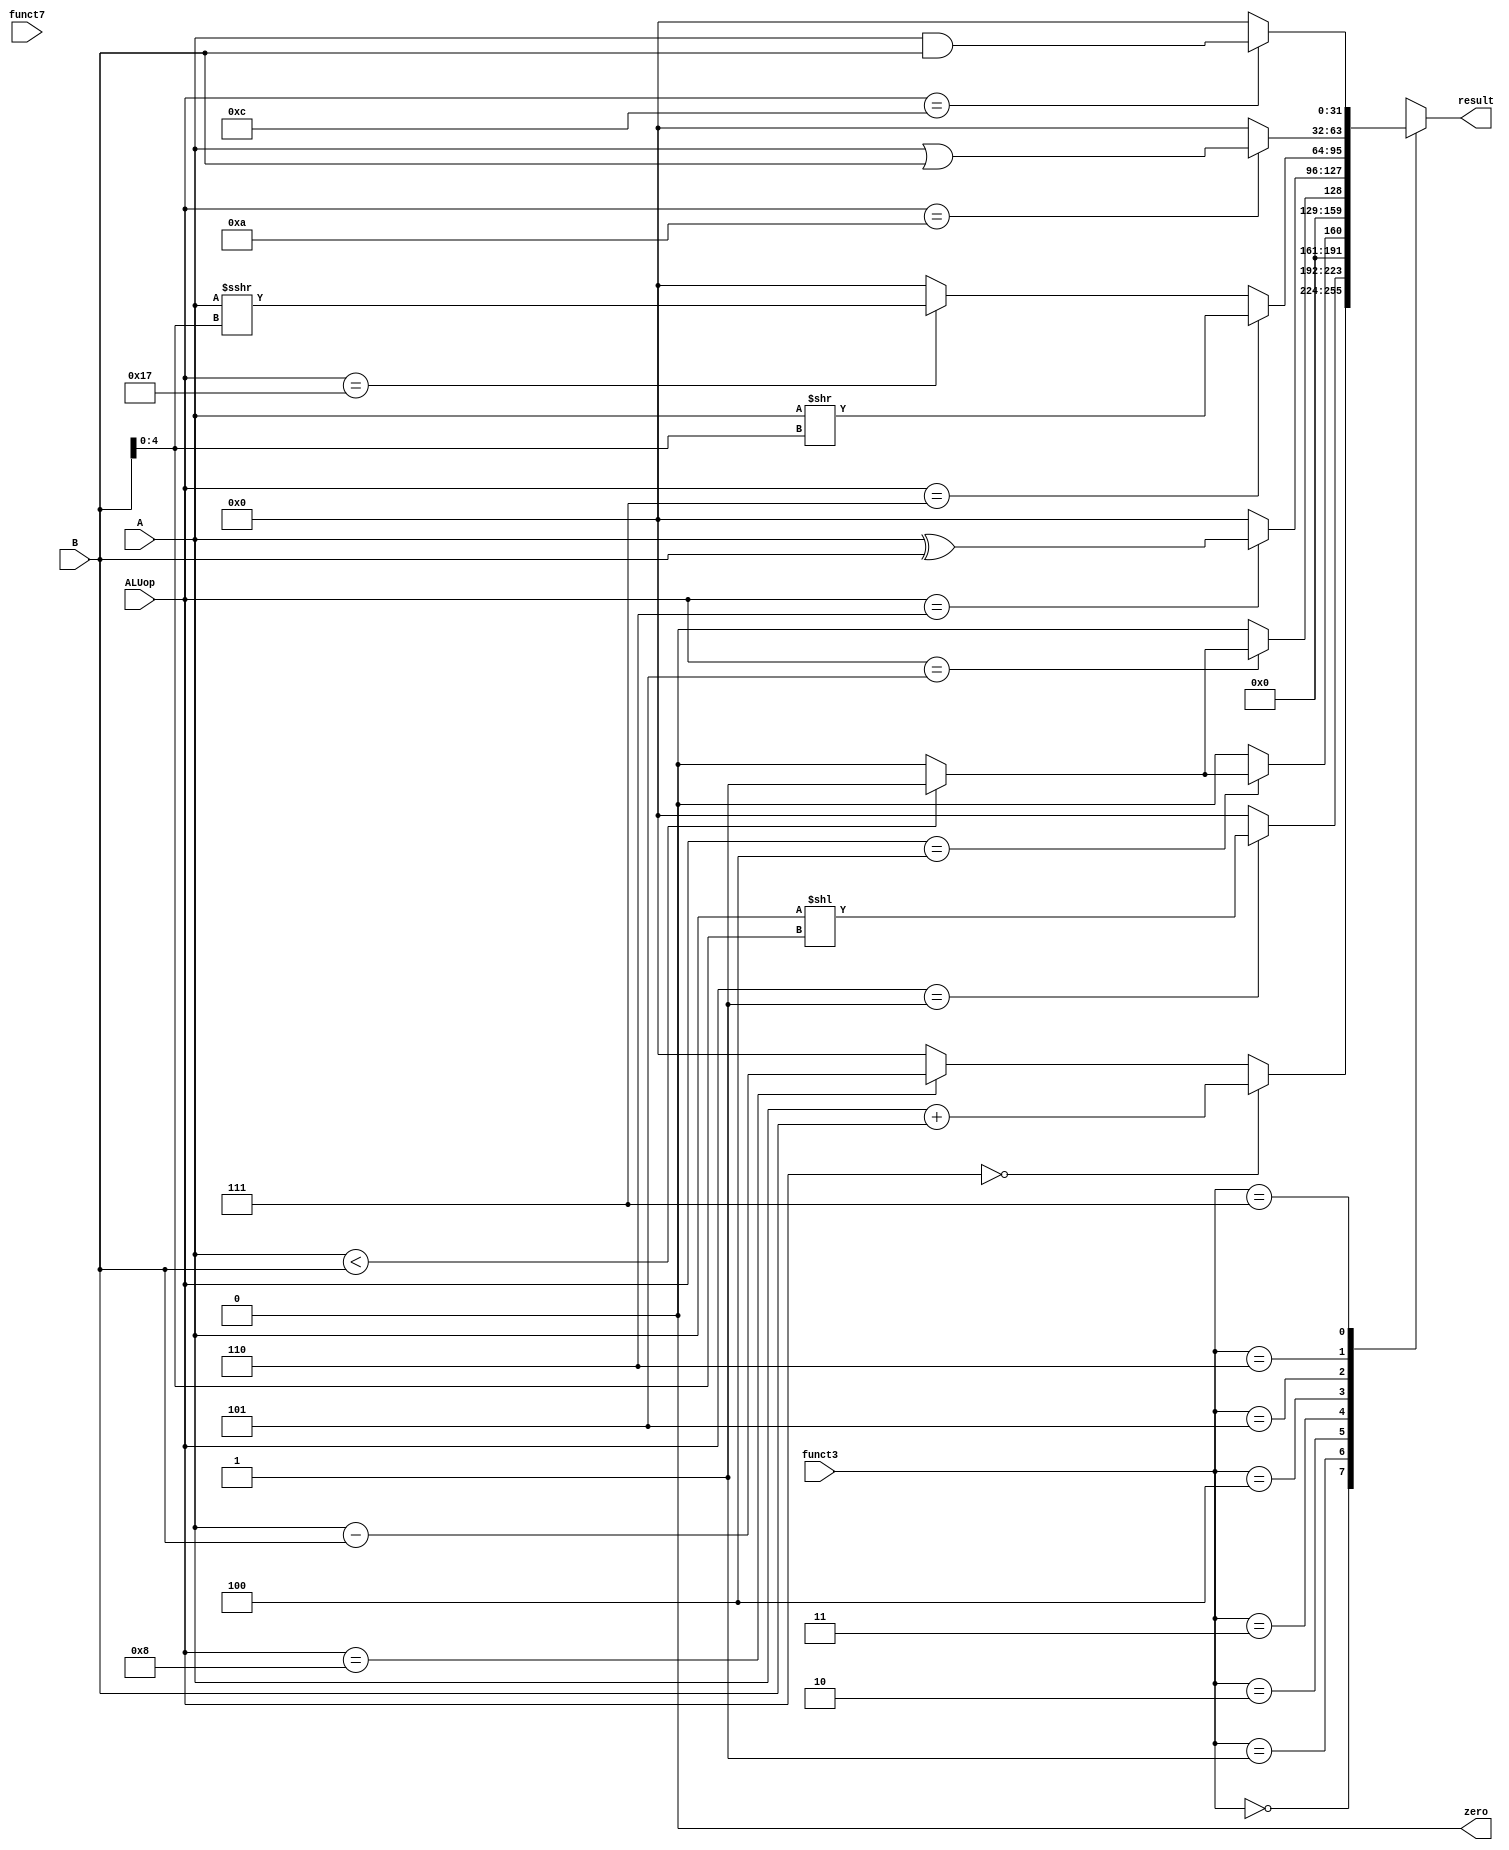
module ALU (
	input wire [6:0] funct7, // 7-bit function code
	input wire [2:0] funct3, // 3-bit function code
    input wire [4:0] ALUop,  // 5-bit ALU operation code
    input wire [31:0] A,     // Input operand A
    input wire [31:0] B,     // Input operand B
    output reg [31:0] result, // ALU result
    output reg zero          // Zero flag
);

 // ALU control signals
        wire add, sub, sll, slt, sltu, xorop, srl, sra, orop, andop;


assign add = (ALUop == 5'b00000);
assign sub = (ALUop == 5'b01000);
assign sll = (ALUop == 5'b00001);
assign slt = (ALUop == 5'b00100);
assign sltu = (ALUop == 5'b00101);
assign xorop = (ALUop == 5'b00110);
assign srl = (ALUop == 5'b00111);
assign sra = (ALUop == 5'b10111);
assign orop = (ALUop == 5'b01010);
assign andop = (ALUop == 5'b01100);
        
        always @* 
	begin
	result = 32'h0;
        zero = 1'b0;
        // ALU operations
            case(funct3)
                3'b000: begin // ADD / SUB
                    if (add) result = A + B;
                    else if (sub) result = A - B;
                end

                3'b001: begin // SLL
                    if (sll) result = A << B[4:0];
                end

                3'b010: begin // SLT
                    if (slt) result = (A < B) ? 32'h1 : 32'h0;
                end

                3'b011: begin // SLTU
                    if (sltu) result = (A < B) ? 32'h1 : 32'h0;
                end

                3'b100: begin // XOR
                    if (xorop) result = A ^ B;
                end

                3'b101: begin // SRL / SRA
                    if (srl) result = A >> B[4:0];
                    else if (sra) result = $signed(A) >>> B[4:0]; // Arithmetic shift right
                end

                3'b110: begin // OR
                    if (orop) result = A | B;
                end

                3'b111: begin // AND
                    if (andop) result = A & B;
                end
            endcase
        end

        // Set the zero flag
        always @* begin
            if (result == 32'h0) zero = 1'b1;
            else zero = 1'b0;
        end
endmodule